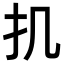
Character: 𢩫